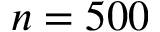
n = 5 0 0